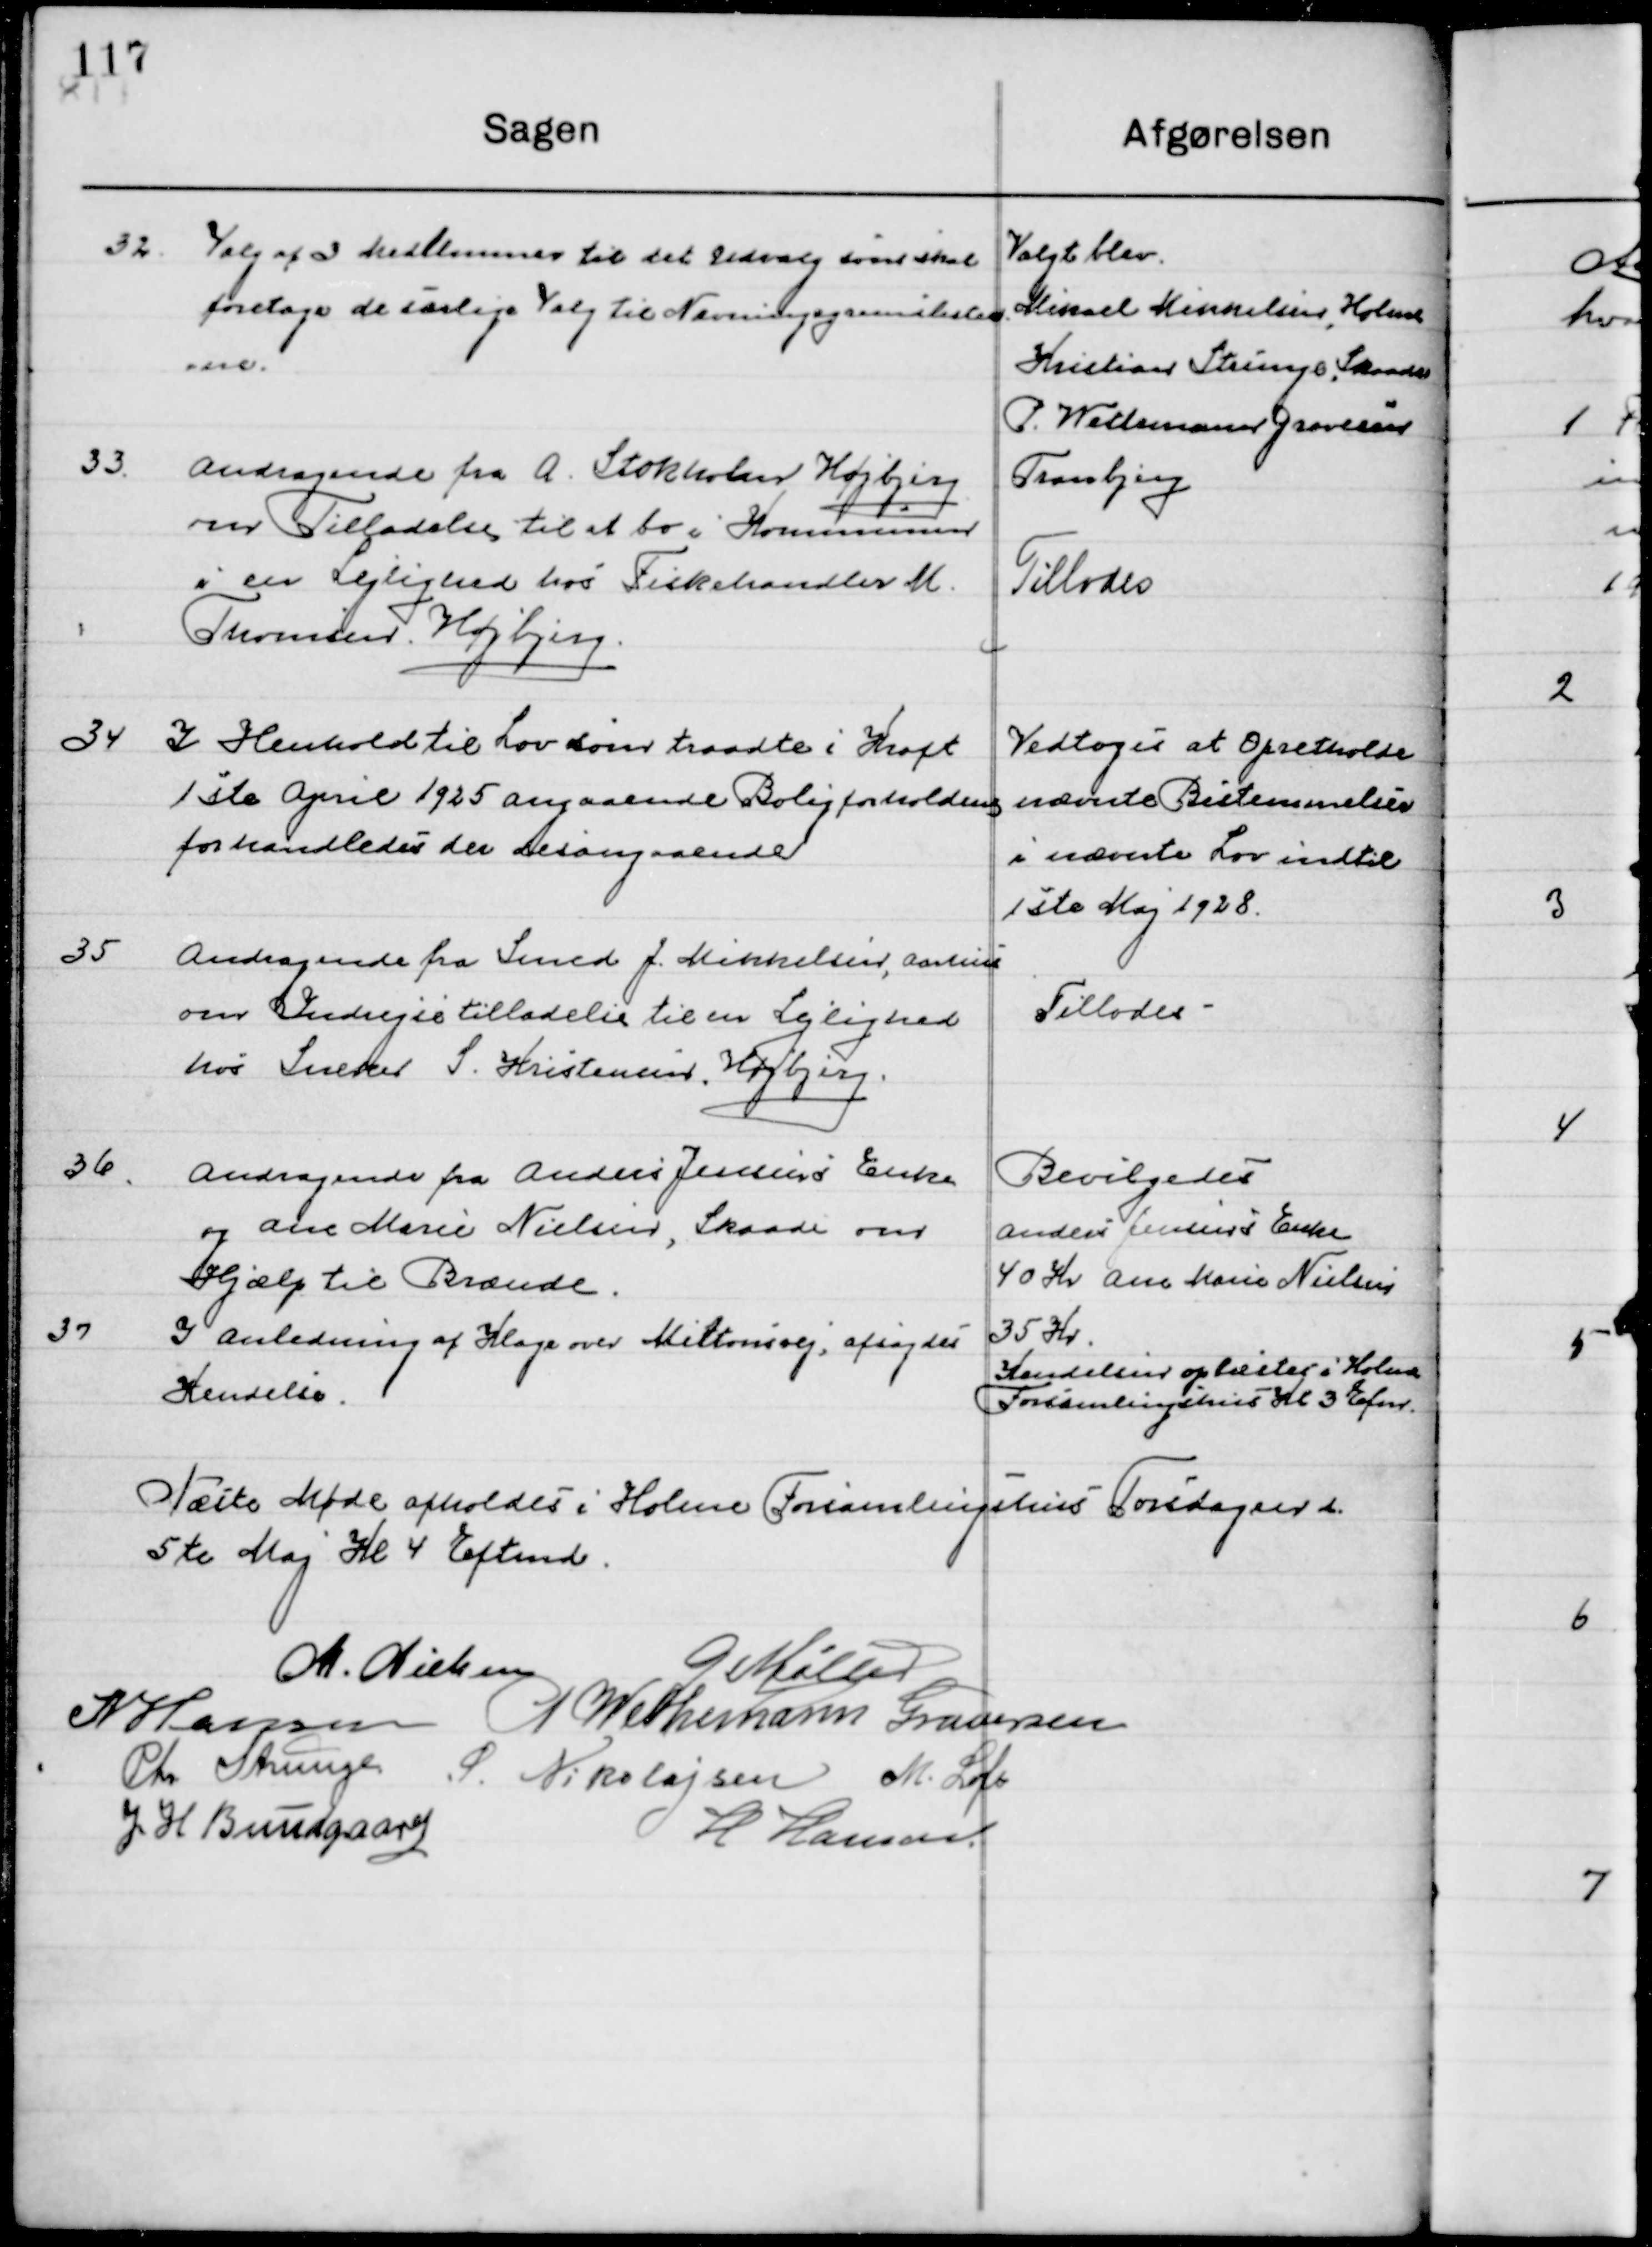
Transskription:
32

Valg af 3 Medlemmer til det Udvalg som skal
foretage de særlige valg til nævningegrundliste
-rne

Valgt blev.
Michael Mikkelsen, Holme
Kristan Strunge, Skaade
P. Wettemann Graversen
Tranbjerg

33

Andragende fra A. Stokholm Højbjerg
om Tilladelse til at bo i Kommunen
i en Lejlighed hos fiskehandler M.
Thomsen, Højbjerg.

Tillodes

34

I Henhold til Lov som traadte i Kraft
1ste April 1925 angaaende Boligforholdene 
forhandledes der desangaaende.

Vedtoges at Opretholde
nævnte Bestemmelser
i nævnte Lov indtil
1ste Maj 1928.

35

Andragende fra Smed J. Mikkelsen,  Aarhus
om Indregistreringstilladelse til en Lejlighed
hos Sneker S. Kristiansen, Højbjerg.

Tillodes

36

Andragende fra Anders Jensens Enke
og Ane Marie Nielsen, Skaade om
Hjælp til Brænde.

Bevilgedes
Anders Jensens Enke
40 Kr. Ane Marie Nielsen
35 Kr.

37

I anledning af Klage over Miltonsvej, afsagte 
Kendelse.

Kendelsen oplæses i Holme
Forsamlingshus Kl. 3 Efmd.

Næste Møde afholdes i Holme Forsamlingshus Torsdag d.
5te Maj  Kl. 4 Eftermd.

M. Nielsen
G. Møller
H. Hansen
P. Wethemann Graversen
Chr. Strunge
S. Nikolajsen
M. Loft
J. H. Bundgaard
N. Hansen